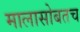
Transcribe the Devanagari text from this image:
मालासोबतच